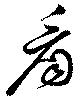
看